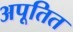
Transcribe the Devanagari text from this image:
अपूतित